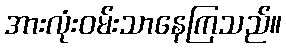
အားလုံးဝမ်းသာနေကြသည်။